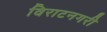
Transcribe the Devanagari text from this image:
विराटनगरी